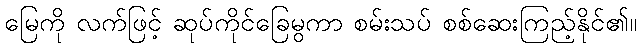
မြေကို လက်ဖြင့် ဆုပ်ကိုင်ခြေမွကာ စမ်းသပ် စစ်ဆေးကြည့်နိုင်၏။